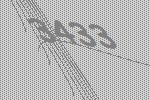
3433